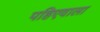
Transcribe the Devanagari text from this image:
पहिएवाला